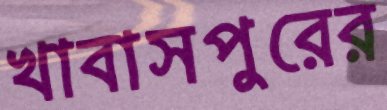
খাবাসপুরের